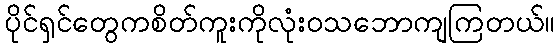
ပိုင်ရှင်တွေကစိတ်ကူးကိုလုံးဝသဘောကျကြတယ်။